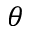
\theta